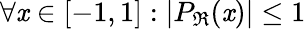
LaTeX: \forall\mathit{x}\in[-1,1]:|P_{\mathbb{{\Re}}}(\mathit{x})|\leq1